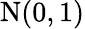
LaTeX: {\mathrm{N}}(0,1)